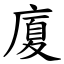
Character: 廈